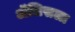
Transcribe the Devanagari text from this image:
ॲलिसला